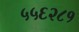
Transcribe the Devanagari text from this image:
५५६२८१